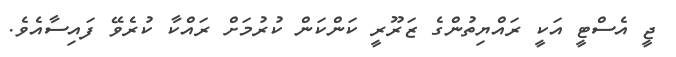
ޖީ އެސްޓީ އަކީ ރައްޔިތުންގެ ޒަރޫރީ ކަންކަން ކުރުމަށް ރައްކާ ކުރެވޭ ފައިސާއެވެ.